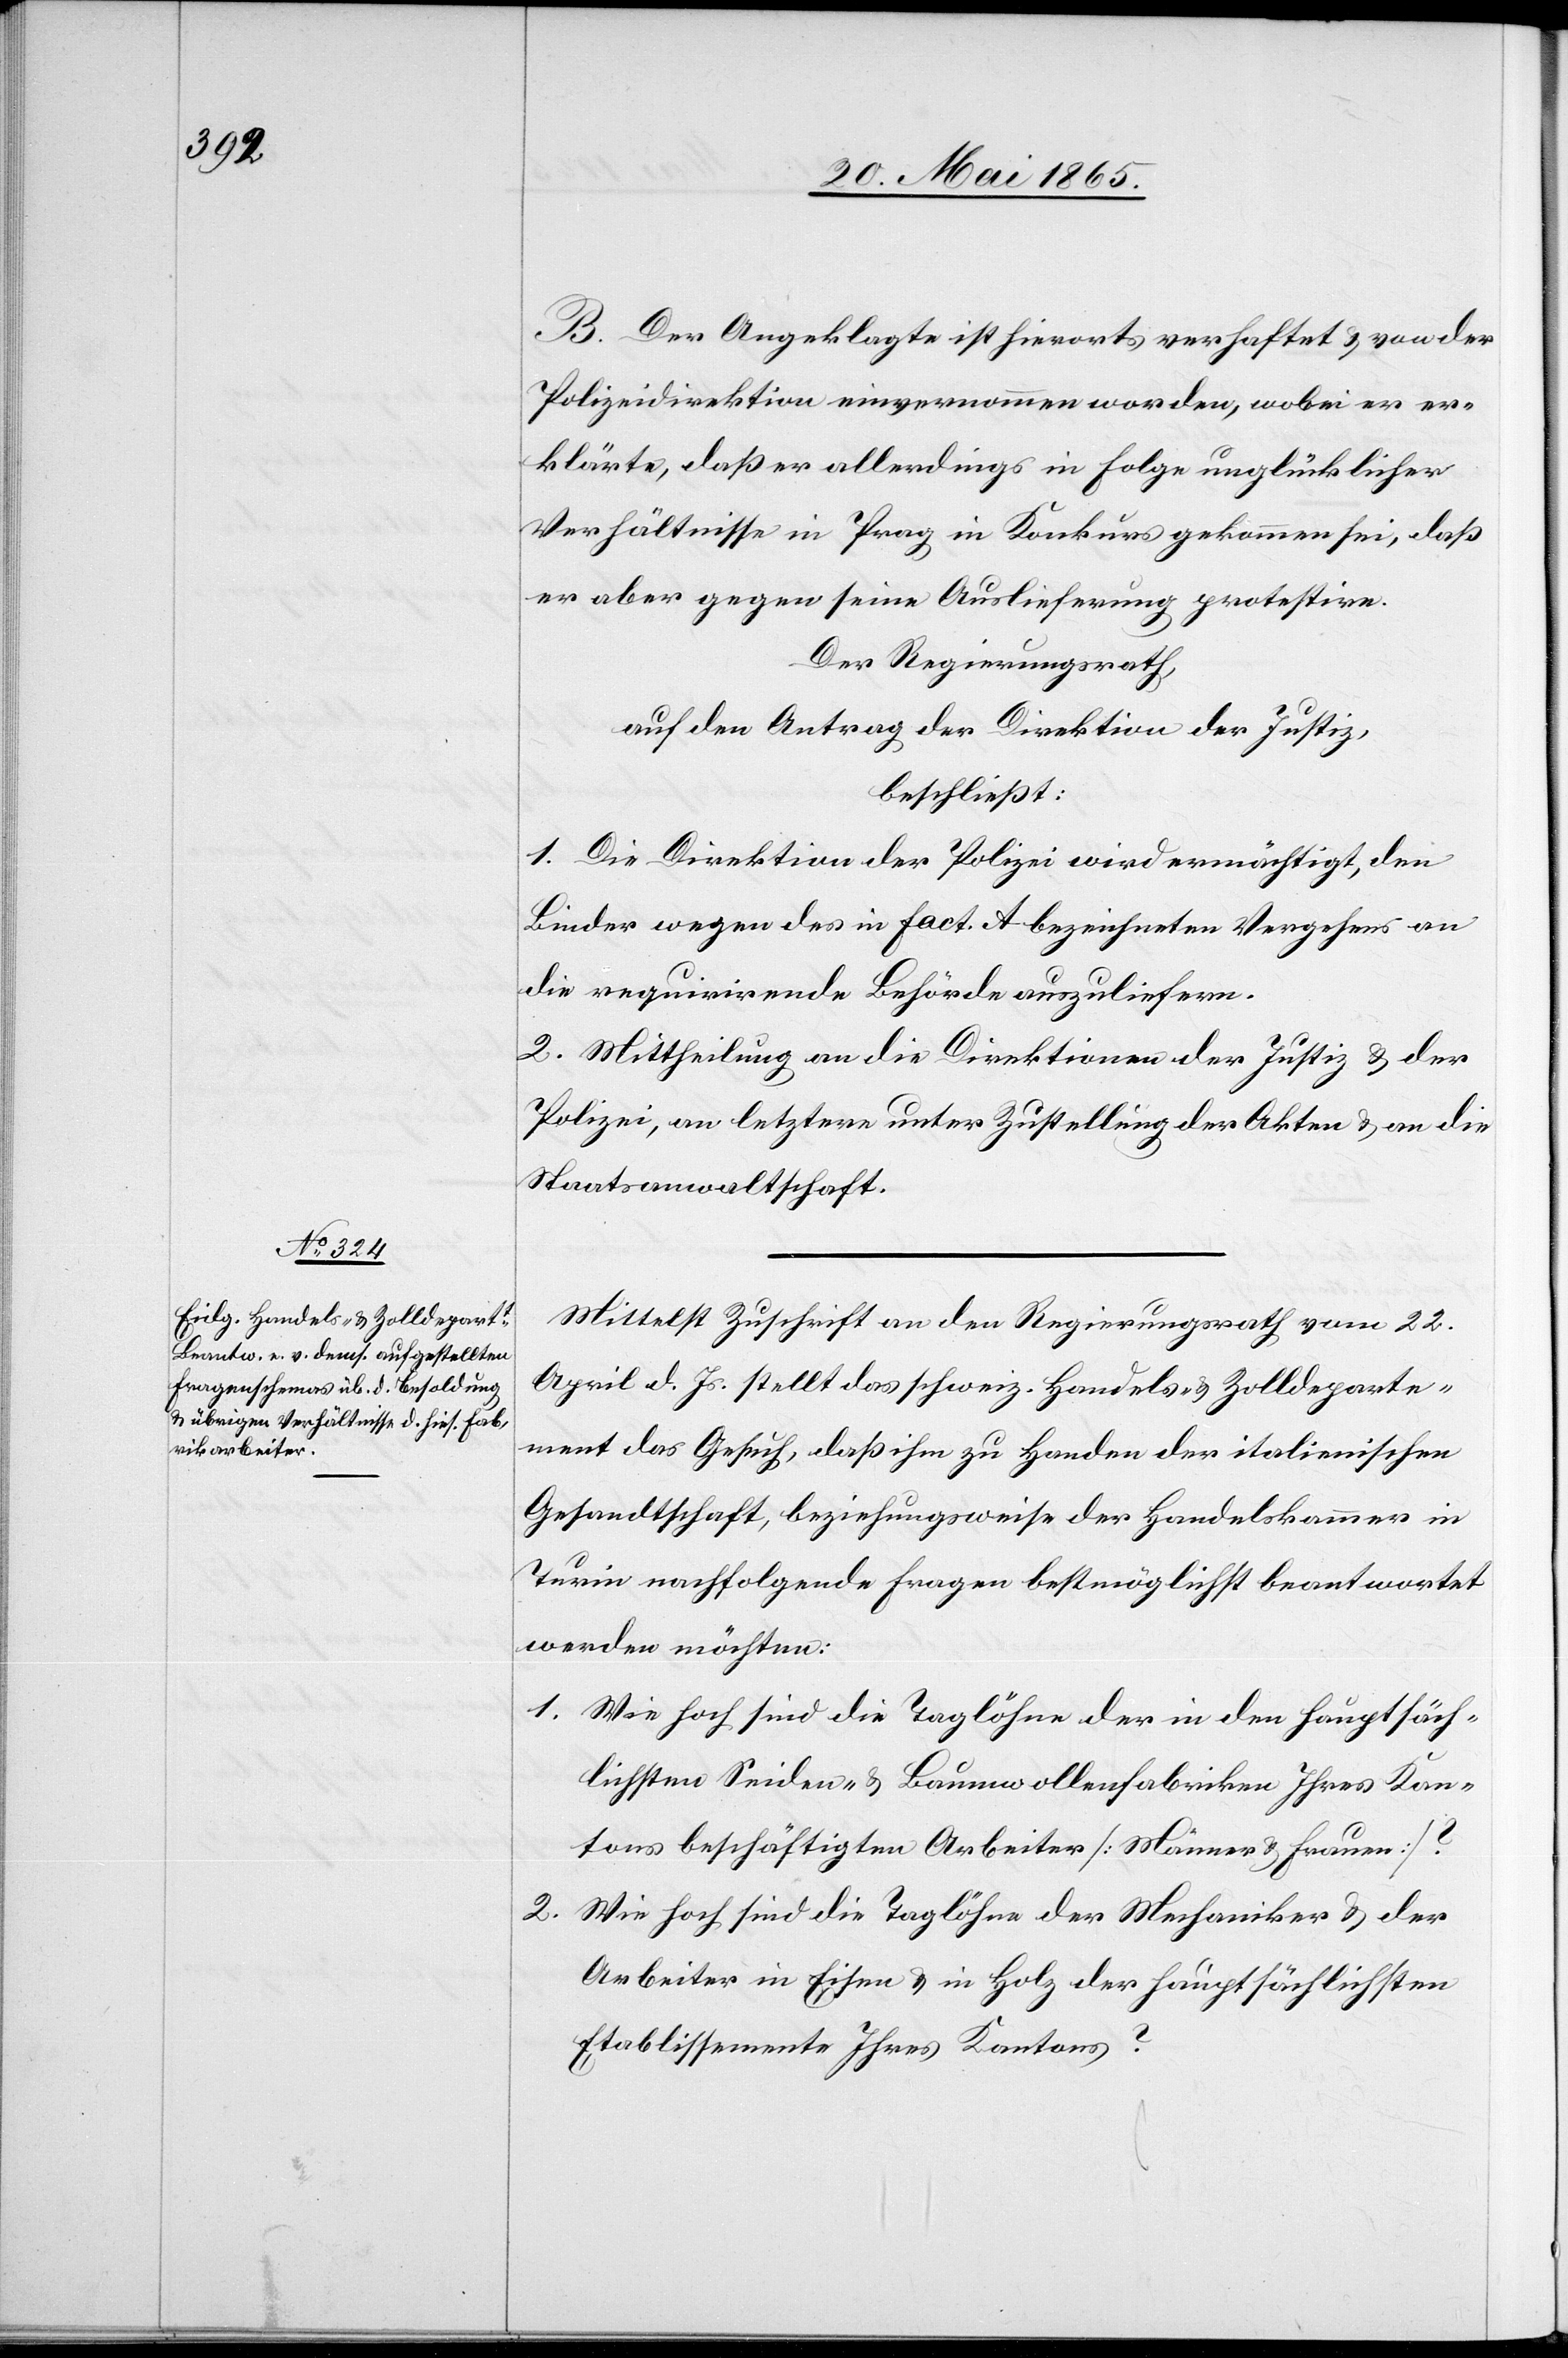
B. Der Angeklagte ist hierorts verhaftet & von der
Polizeidirektion einvernommen worden, wobei er er¬
klärte, daß er allerdings in Folge unglücklicher
Verhältnisse in Prag in Konkurs gekommen sei, daß
er aber gegen seine Auslieferung protestire.
Der Regierungsrath,
auf den Antrag der Direktion der Justiz,
beschließt:
1. Die Direktion der Polizei wird ermächtigt, den
Binder wegen des in Fact. A bezeichneten Vergehens an
die requirirende Behörde auszuliefern.
2. Mittheilung an die Direktion der Justiz & der
Polizei, an letztere unter Zustellung der Akten & an die
Staatsanwaltschaft.
Mittelst Zuschrift an den Regierungsrath vom 22.
April d. Js. stellt das schweiz. Handels- & Zolldeparte¬
ment das Gesuch, daß ihm zu Handen der italienischen
Gesandtschaft, beziehungsweise der Handelskammer in
Turin nachfolgende Fragen bestmöglichst beantwortet
werden möchten:
1. Wie hoch sind die Taglöhne der in den hauptsäch¬
lichsten Seiden- & Baumwollenfabriken Ihres Kan¬
tons beschäftigten Arbeiter [Männer & Frauen]?
2. Wie hoch sind die Taglöhne der Mechaniker & der
Arbeiter in Eisen & in Holz der hautpsächlichsten
Etablissemente Ihres Kantons?